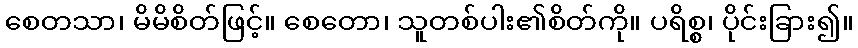
စေတသာ၊ မိမိစိတ်ဖြင့်။ စေတော၊ သူတစ်ပါး၏စိတ်ကို။ ပရိစ္စ၊ ပိုင်းခြား၍။